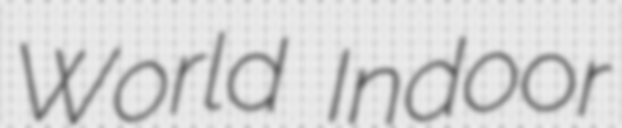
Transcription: World Indoor